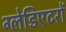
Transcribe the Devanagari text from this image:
ग्लेडिएटरों